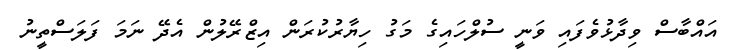
އައްބާސް ވިދާޅުވެފައި ވަނީ ސުލްހައިގެ މަގު ހިޔާރުކުރަން އިޒްރޭލުން އެދޭ ނަމަ ފަލަސްތީނު